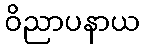
ဝိညာပနာယ